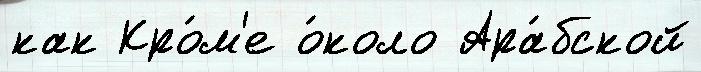
как Кро́м'е о́коло Ара́бской